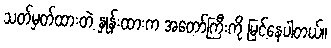
သတ်မှတ်ထားတဲ့ နှုန်းထားက အတော်ကြီးကို မြင့်နေပါတယ်။